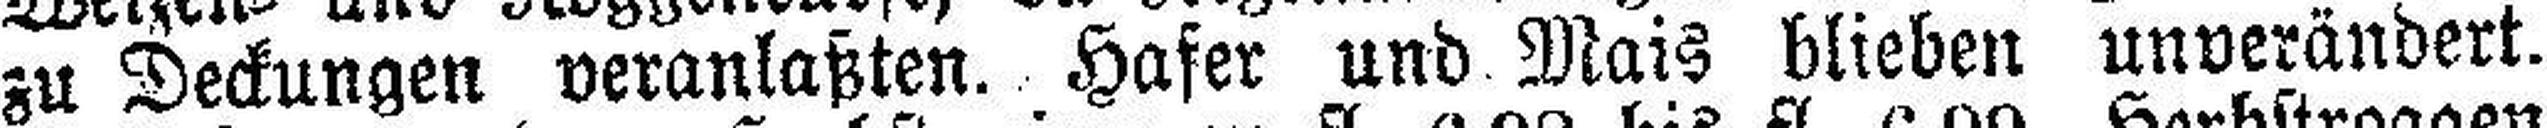
zu Deckungen veranlaßten. Hafer und Mais blieben unverändert.